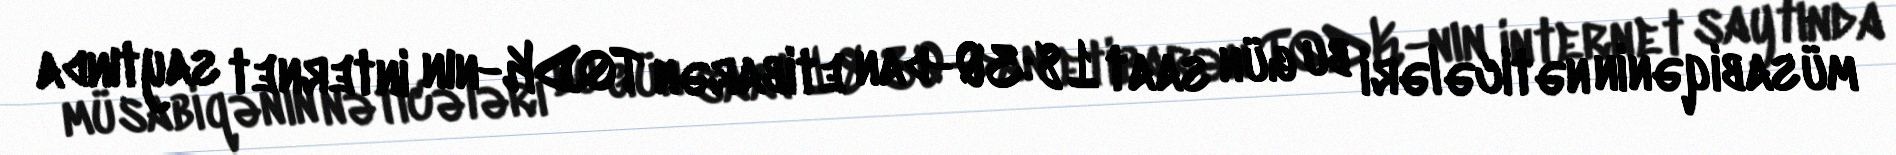
müsabiqənin nəticələri bu gün saat 18:30-dan etibarən TQDK-nın internet saytında